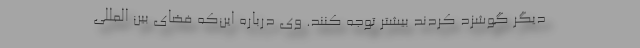
دیگر گوشزد کردند بیشتر توجه کنند. وی درباره این‌که فضای بین المللی